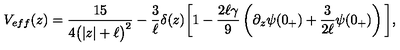
V _ { e f f } ( z ) = \frac { 1 5 } { 4 \big ( | z | + \ell \big ) ^ { 2 } } - \frac { 3 } { \ell } \delta ( z ) \bigg [ 1 - \frac { 2 \ell \gamma } { 9 } \left( \partial _ { z } \psi ( 0 _ { + } ) + \frac { 3 } { 2 \ell } \psi ( 0 _ { + } ) \right) \bigg ] ,